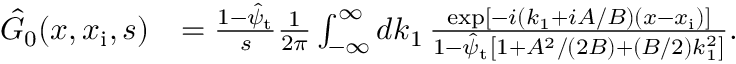
\begin{array} { r l } { \hat { G } _ { 0 } ( x , x _ { \mathrm { i } } , s ) } & { = \frac { 1 - \hat { \psi } _ { \mathrm { t } } } { s } \frac { 1 } { 2 \pi } \int _ { - \infty } ^ { \infty } d k _ { 1 } \, \frac { \exp [ - i ( k _ { 1 } + i A / B ) ( x - x _ { \mathrm { i } } ) ] } { 1 - \hat { \psi } _ { \mathrm { t } } \left[ 1 + A ^ { 2 } / ( 2 B ) + ( B / 2 ) k _ { 1 } ^ { 2 } \right] } . } \end{array}